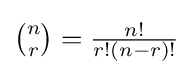
{\tbinom {n}{r}}={\tfrac {n!}{r!(n-r)!}}